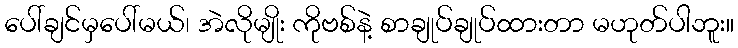
ပေါ်ချင်မှပေါ်မယ်၊ အဲလိုမျိုး ကိုဗစ်နဲ့ စာချုပ်ချုပ်ထားတာ မဟုတ်ပါဘူး။